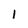
Character: I